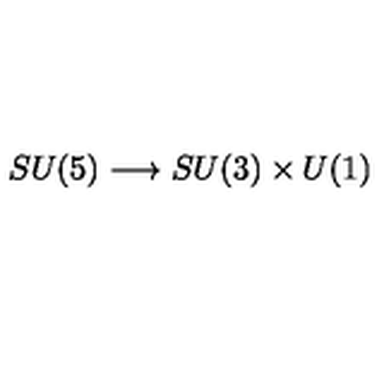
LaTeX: S U ( 5 ) \longrightarrow S U ( 3 ) \times U ( 1 )